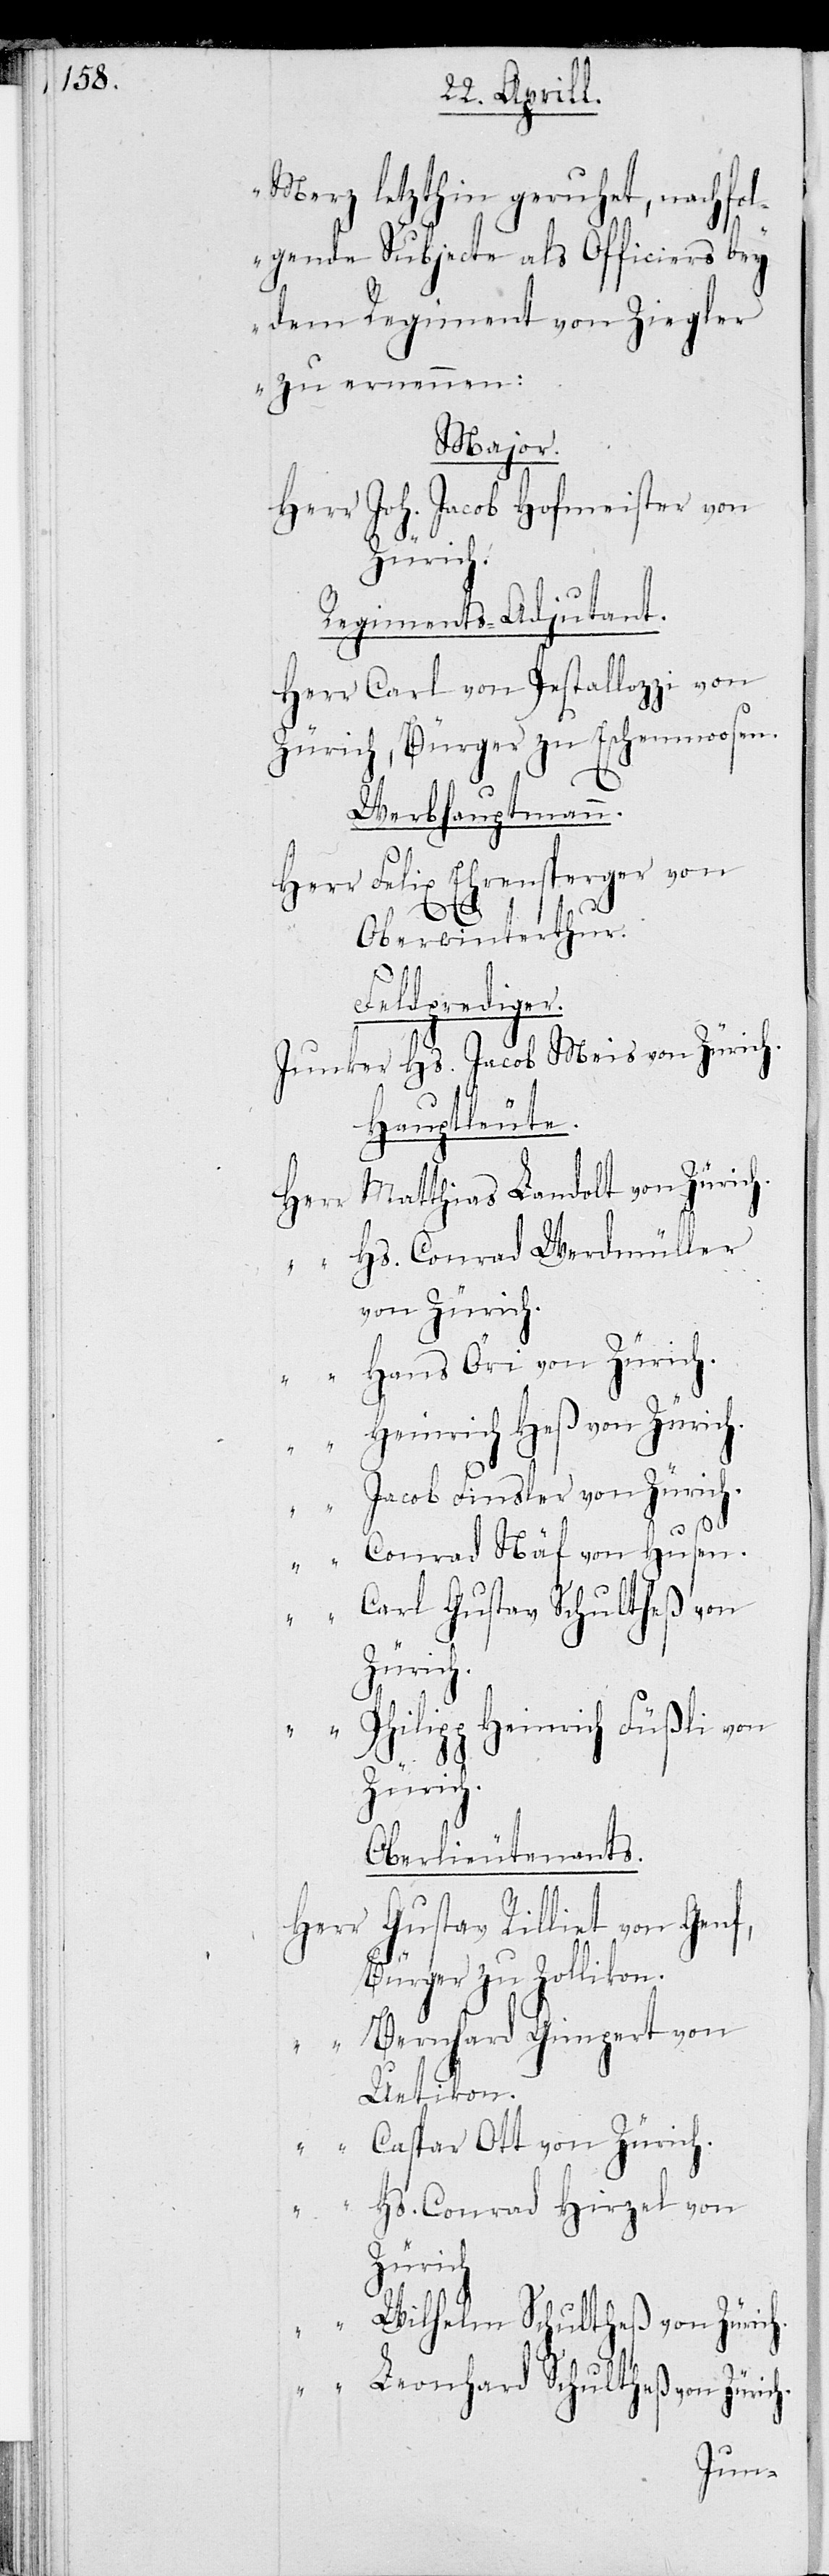
Merz letzhin geruhet, nachfol¬
gende Subjecte als Officiers bey
dem Regiment von Ziegler
zu ernennen:
Major.
Herr Jacob Hofmeister von
Zürich.
Regiments-Adjutant.
Herr Carl von Pestallozzi von
Zürich, Bürger zu Eschenmoosen.
Verbhauptmann.
Herr Felix Ehrensperger von
Oberwinterthur.
Feldprediger.
Junker Hs. Jacob Meis von Zürich.
Hauptleute.
Matthias Landolt von Zürich.
„ Hs. Conrad Werdmüller
von Zürich.
„ Hans Öri von Zürich.
Heinrich Heß von Zürich.
„ Jacob Finsler von Zürich.
„ Conrad Näf von Husen.
Carl Gustav Schultheß von
Zürich.
Philipp Heinrich Füßli von
Oberlieutenants.
Gustav Rilliet von Genf,
Herr
Bürger zu Zollikon.
Bernhard Gimpert von
„
Uitikon.
Caspar Ott von Zürich.
„
Hs. Conrad Hirzel von
Zürich.
„ Wilhelm Schultheß von Zürich.
„ Leonhard Schultheß von Zürich.